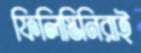
ফিলিস্তিনিরাই